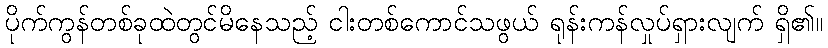
ပိုက်ကွန်တစ်ခုထဲတွင်မိနေသည့် ငါးတစ်ကောင်သဖွယ် ရုန်းကန်လှုပ်ရှားလျက် ရှိ၏။